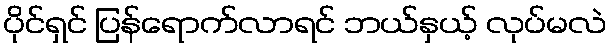
ပိုင်ရှင် ပြန်ရောက်လာရင် ဘယ်နှယ့် လုပ်မလဲ